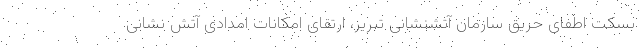
بسکت اطفای حریق سازمان آتشنشانی تبریز، ارتقای امکانات امدادی آتش نشانی